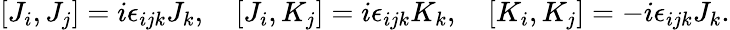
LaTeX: \left[J_{i},J_{j}\right]=i\epsilon_{ijk}J_{k},\quad\left[J_{i},K_{j}\right]=i\epsilon_{ijk}K_{k},\quad\left[K_{i},K_{j}\right]=-i\epsilon_{ijk}J_{k}.